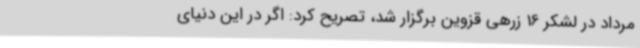
مرداد در لشکر 16 زرهی قزوین برگزار شد، تصریح کرد: اگر در این دنیای